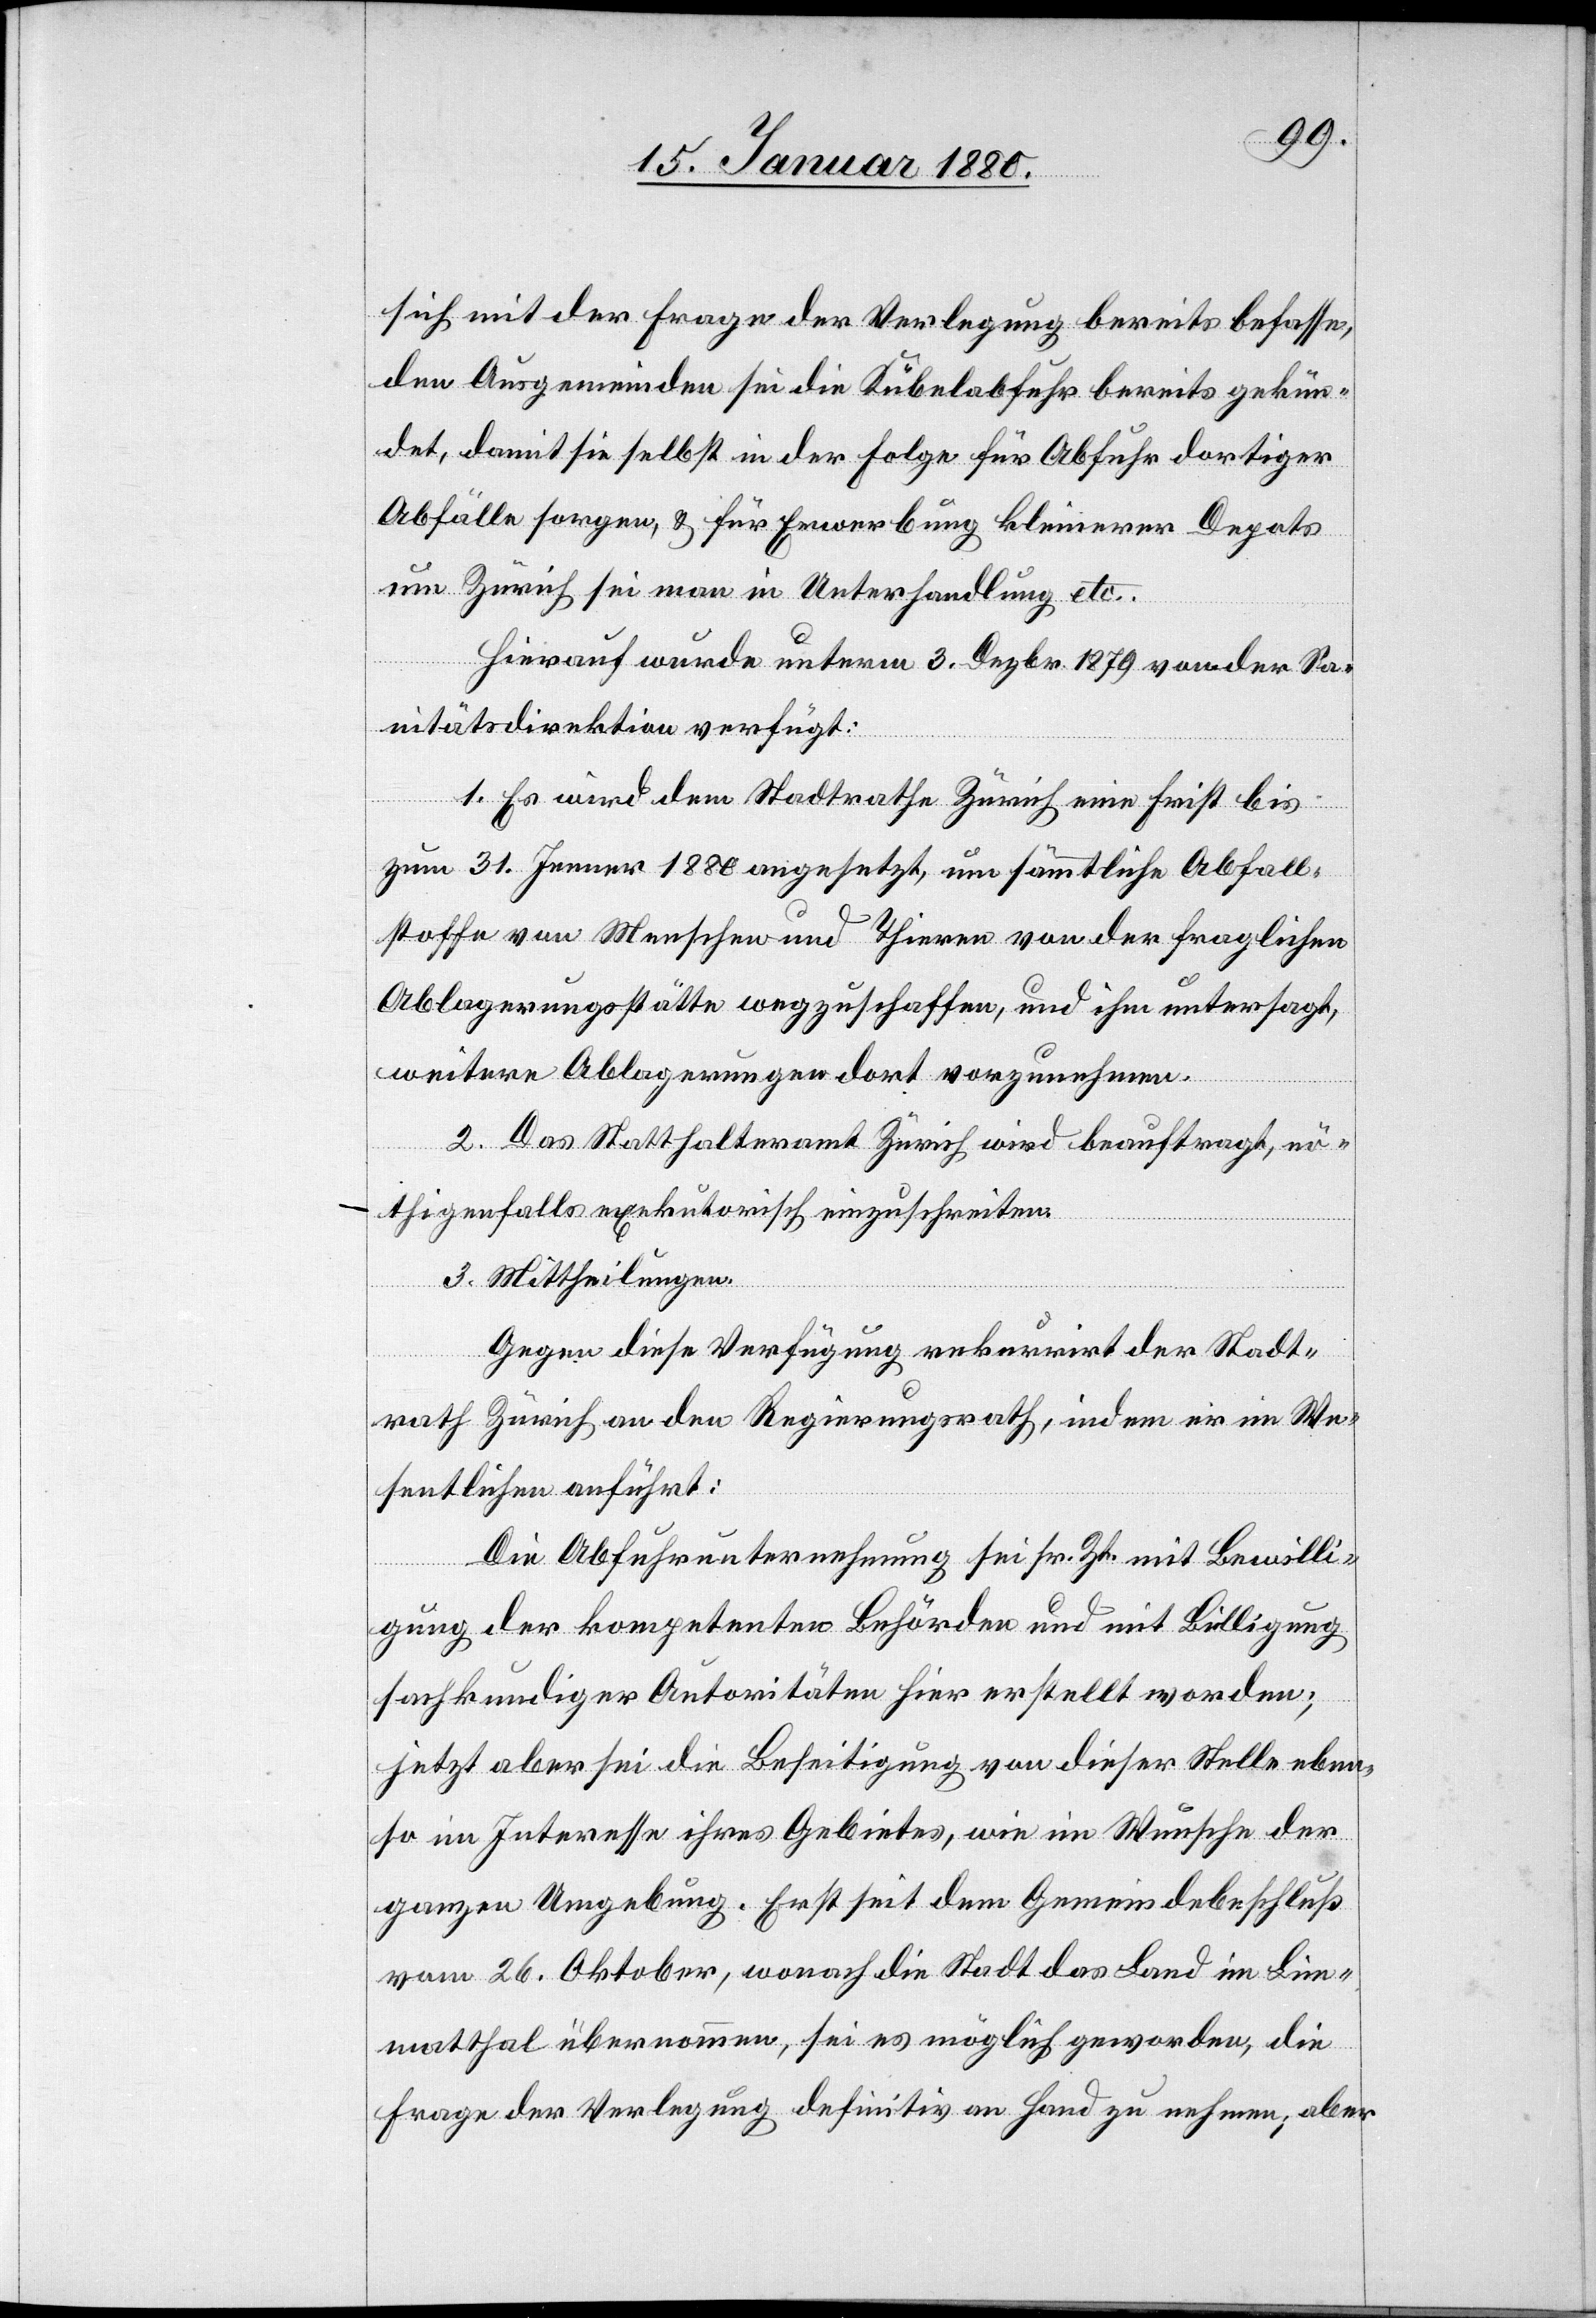
sich mit der Frage der Verlegung bereits befasse,
den Ausgemeinden sei die Kübelabfuhr bereits gekün¬
det, damit sie selbst in der Folge für Abfuhr dortiger
Abfälle sorgen & für Erwerbung kleinerer Depots
um Zürich sei man in Unterhandlung etc.
Hierauf wurde unterm 3. Dezbr. 1879 von der Sa¬
nitätsdirektion verfügt:
1. Es wird dem Stadtrathe Zürich eine Frist bis
zum 31. Jenner 1880 angesetzt, um sämmtliche Abfall¬
stoffe von Menschen und Thieren von der fraglichen
Ablagerungsstätte wegzuschaffen, und ihm untersagt,
weitere Ablagerungen dort vorzunehmen.
2. Das Statthalteramt Zürich wird beauftragt, nö¬
thigenfalls exekutorisch einzuschreiten.
3. Mittheilungen.
Gegen diese Verfügung rekurrirt der Stadt¬
rath Zürich an den Regierungsrath, indem er im We¬
sentlichen anführt:
Die Abfuhrunternehmung sei sr. Zt. mit Bewilli¬
gung der kompetenten Behörden und mit Billigung
sachkundiger Autoritäten hier erstellt worden;
jetzt aber sei die Beseitigung von dieser Stelle eben¬
so im Interesse ihres Gebietes, wie im Wunsche der
ganzen Umgebung. Erst seit dem Gemeindebeschluß
vom 26. Oktober, wonach die Stadt das Land im Lim¬
matthal übernommen, sei es möglich geworden, die
Frage der Verlegung definitiv an Hand zu nehmen, aber